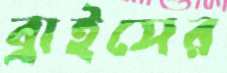
ব্রাইসের